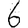
Digit: 6